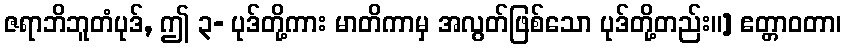
ဇရာဘိဘူတံပုဒ်, ဤ ၃- ပုဒ်တို့ကား မာတိကာမှ အလွတ်ဖြစ်သော ပုဒ်တို့တည်း။] ဧတ္တာဝတာ၊